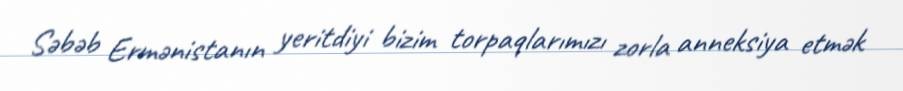
Səbəb Ermənistanın yeritdiyi bizim torpaqlarımızı zorla anneksiya etmək